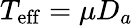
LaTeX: T_{\mathrm{eff}}=\mu D_{a}